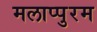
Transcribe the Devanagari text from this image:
मलाप्पुरम